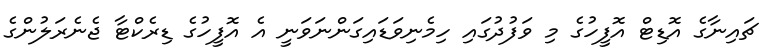
ޗައިނާގެ އޮޑިޓް އޮފީހުގެ މި ވަފުދުގައި ހިމެނިވަޑައިގަންނަވަނީ އެ އޮފީހުގެ ޑިރެކްޓާ ޖެނެރަލުންގެ